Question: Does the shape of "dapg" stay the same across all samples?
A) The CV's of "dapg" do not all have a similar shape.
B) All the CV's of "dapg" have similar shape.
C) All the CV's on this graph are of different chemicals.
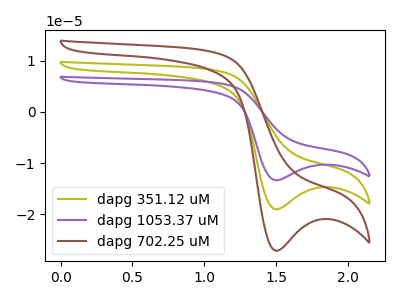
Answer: <think>The olive curve "dapg 351.12 uM" has a cathodic peak at: (1.50V, -19.05uA). The purple curve "dapg 1053.37 uM" has a cathodic peak at: (1.50V, -38.10uA). The brown curve "dapg 702.25 uM" has a cathodic peak at: (1.50V, -27.15uA).
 All the peaks in "dapg 351.12 uM" have a peak in "dapg 1053.37 uM" at the same potential. Every peak in "dapg 351.12 uM" is lower than every peak in "dapg 1053.37 uM". All the peaks in "dapg 351.12 uM" have a peak in "dapg 702.25 uM" at the same potential. Every peak in "dapg 351.12 uM" is lower than every peak in "dapg 702.25 uM". All the peaks in "dapg 1053.37 uM" have a peak in "dapg 702.25 uM" at the same potential. Every peak in "dapg 1053.37 uM" is higher than every peak in "dapg 702.25 uM".</think>
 <answer>B) All the CV's of "dapg" have similar shape.</answer>
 <eval>B</eval>